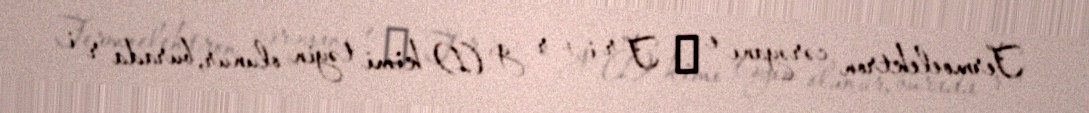
Termoelektron cərəyanı e △ T r i + r g (1) kimi təyin olunur, burada r i